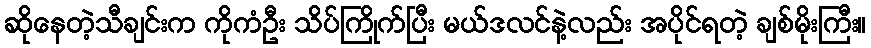
ဆိုနေတဲ့သီချင်းက ကိုကံဦး သိပ်ကြိုက်ပြီး မယ်ဒလင်နဲ့လည်း အပိုင်ရတဲ့ ချစ်မိုးကြီး။